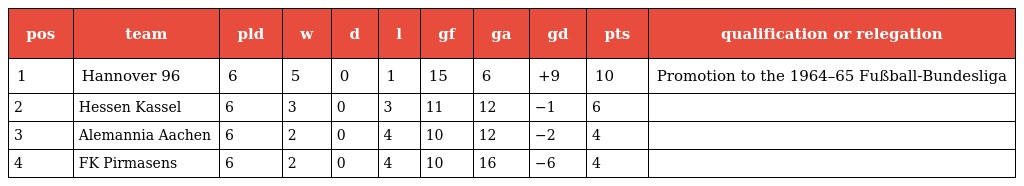
| pos | team | pld | w | d | l | gf | ga | gd | pts | qualification or relegation |
 | --- | --- | --- | --- | --- | --- | --- | --- | --- | --- | --- |
 | 1 | Hannover 96 | 6 | 5 | 0 | 1 | 15 | 6 | +9 | 10 | Promotion to the 1964–65 Fußball-Bundesliga |
 | 2 | Hessen Kassel | 6 | 3 | 0 | 3 | 11 | 12 | −1 | 6 |  |
 | 3 | Alemannia Aachen | 6 | 2 | 0 | 4 | 10 | 12 | −2 | 4 |  |
 | 4 | FK Pirmasens | 6 | 2 | 0 | 4 | 10 | 16 | −6 | 4 |  |